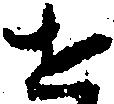
せ